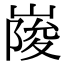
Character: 𡺲